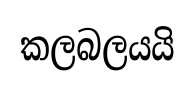
කලබලයයි